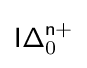
{\mathsf {I\Delta }}_{0}^{\mathsf {n+}}